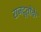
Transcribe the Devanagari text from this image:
राजदूतोंके